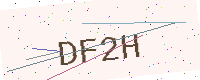
Text: DF2H